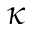
\kappa